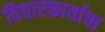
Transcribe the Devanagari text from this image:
विचारकार्याचा